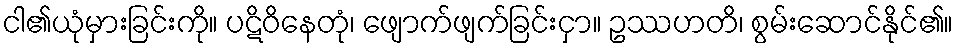
ငါ၏ယုံမှားခြင်းကို။ ပဋိဝိနေတုံ၊ ဖျောက်ဖျက်ခြင်းငှာ။ ဥဿဟတိ၊ စွမ်းဆောင်နိုင်၏။